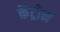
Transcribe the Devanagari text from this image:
केंट्रोन